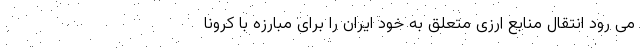
می رود انتقال منابع ارزی متعلق به خود ایران را برای مبارزه با کرونا